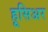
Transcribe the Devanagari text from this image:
हूसिअर